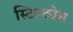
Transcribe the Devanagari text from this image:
स्टिल्ट्येस